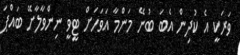
ވަރަކީ އެ ކުދިން އެބަ ބުނޭ މަންމާ އަވަހަށް ޓީވީ ނިންވާލާށޭ ބައްޕަ